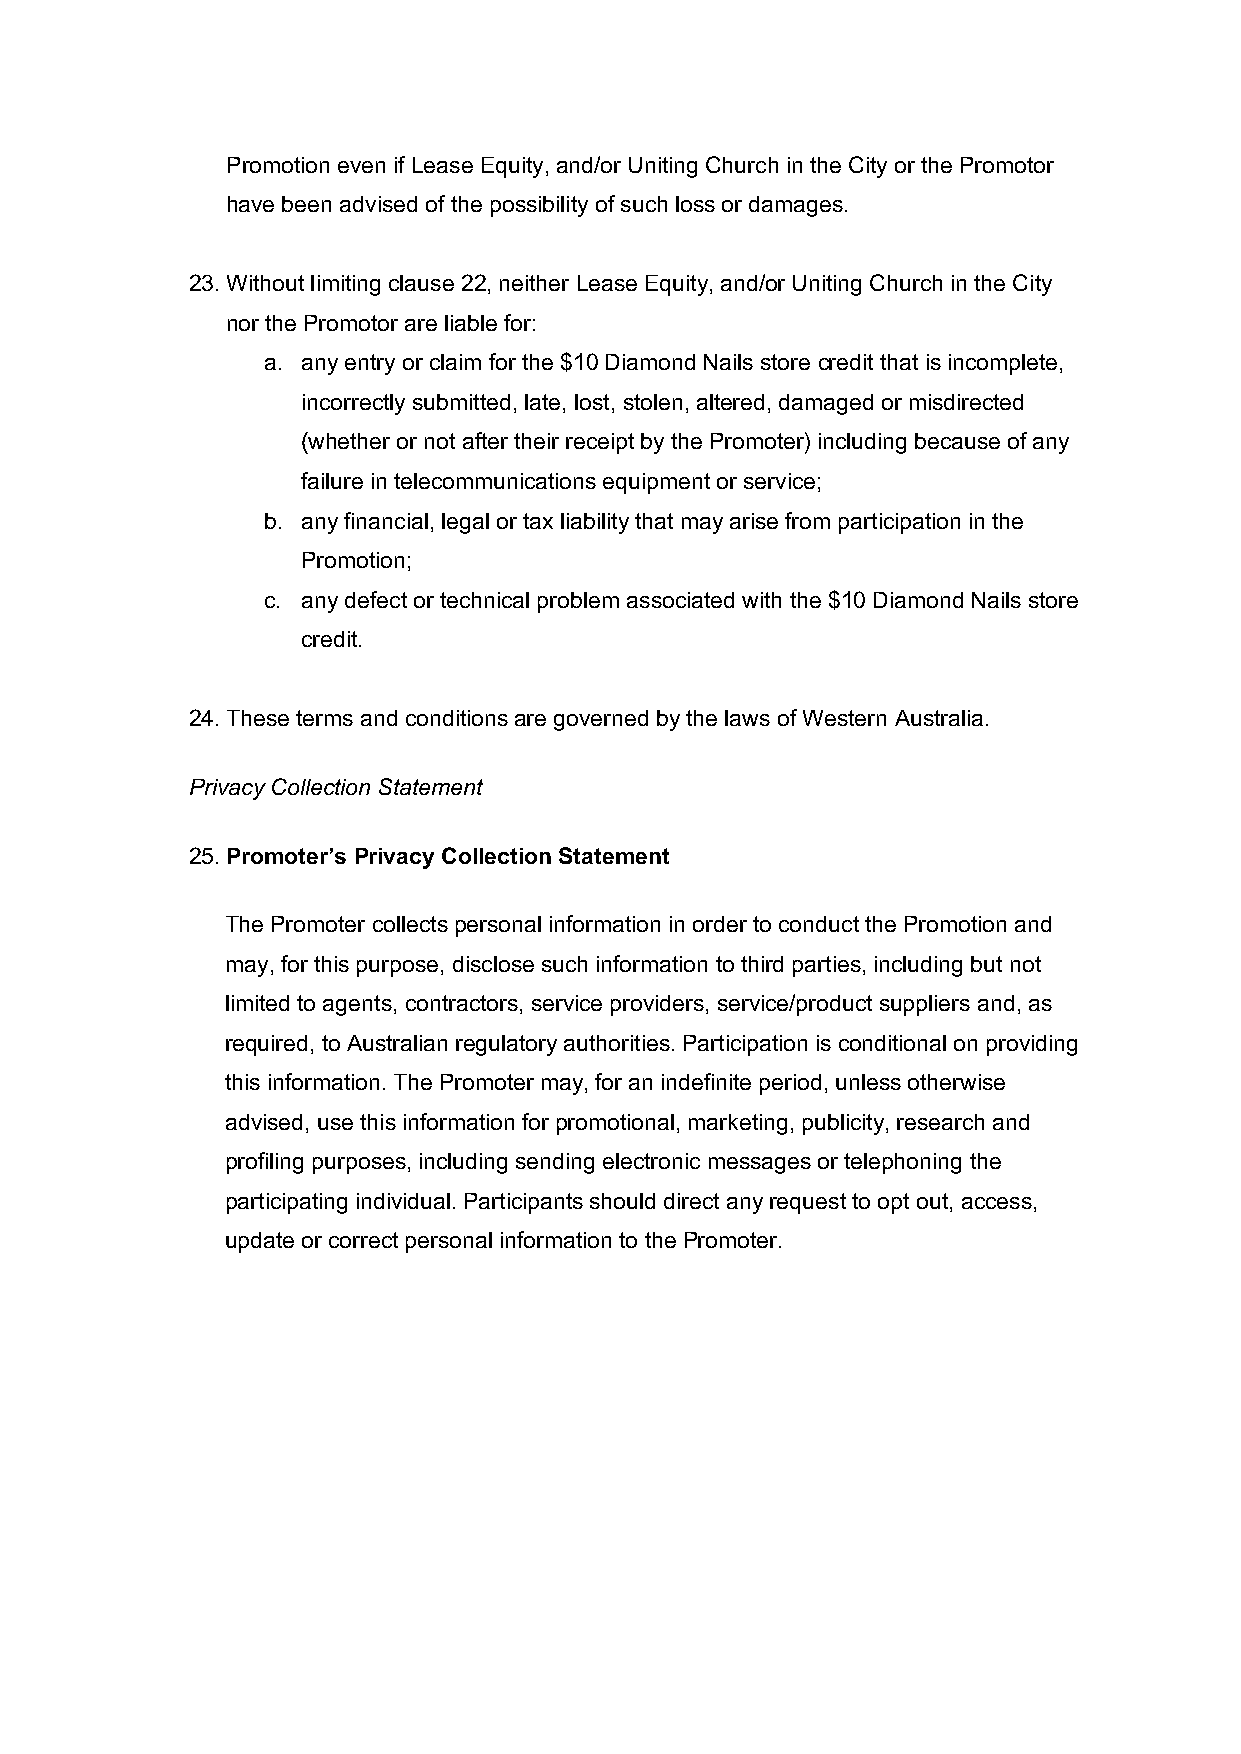
Promotion even if Lease Equity, and/or Uniting Church in the City or the Promotor
 have been advised of the possibility of such loss or damages.
 23. Without limiting clause 22, neither Lease Equity, and/or Uniting Church in the City
 nor the Promotor are liable for:
 a. any entry or claim for the $10 Diamond Nails store credit that is incomplete,
 incorrectly submitted, late, lost, stolen, altered, damaged or misdirected
 (whether or not after their receipt by the Promoter) including because of any
 failure in telecommunications equipment or service;
 b. any financial, legal or tax liability that may arise from participation in the
 Promotion;
 c. any defect or technical problem associated with the $10 Diamond Nails store
 credit.
 24. These terms and conditions are governed by the laws of Western Australia.
 Privacy Collection Statement
 25. Promoter’s Privacy Collection Statement
 The Promoter collects personal information in order to conduct the Promotion and
 may, for this purpose, disclose such information to third parties, including but not
 limited to agents, contractors, service providers, service/product suppliers and, as
 required, to Australian regulatory authorities. Participation is conditional on providing
 this information. The Promoter may, for an indefinite period, unless otherwise
 advised, use this information for promotional, marketing, publicity, research and
 profiling purposes, including sending electronic messages or telephoning the
 participating individual. Participants should direct any request to opt out, access,
 update or correct personal information to the Promoter.